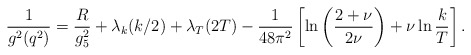
\begin{align*}{1\over g^2(q^2)} = {R\over g_5^2}+ \lambda_k(k/2) + \lambda_T(2T) -{1\over 48\pi^2}\left[\ln\left({2+\nu\over 2\nu}\right) +\nu\ln{k\over T}\right].\end{align*}